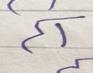
Signature authenticity: forged